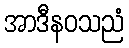
အာဒီနဝသညံ